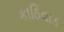
કાઠિવાડ